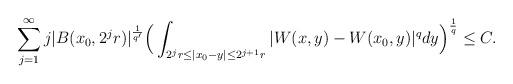
LaTeX: \begin{align*} \sum _{j=1}^{\infty} j |B(x_0, 2^jr)|^\frac{1}{q'} \Big( \int _{2^{j}r\leq |x_{0}-y|\leq 2^{j+1}r} |W(x,y)-W(x_{0},y)|^{q} dy \Big)^{1\over q} \leq C.\end{align*}